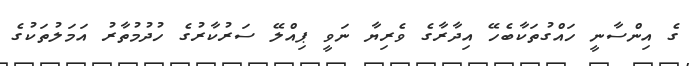
ގެ އިންސާނީ ހައްގުތަކާބެހޭ އިދާރާގެ ވެރިޔާ ނަވީ ޕިއްލޭ ސަރުކާރުގެ ހުދުމުތާރު އަމަލުތަކުގެ